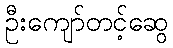
ဦးကျော်တင့်ဆွေ